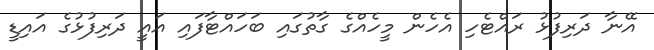
އޭނާ ދަރިފުޅު ރައްޓެހި އެހެން މީހެއްގެ ގާތުގައި ބަހައްޓާފައި އައީ ދަރިފުޅުގެ އައިޑީ